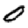
Digit: 0